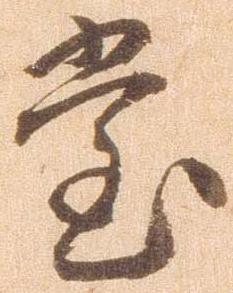
堂